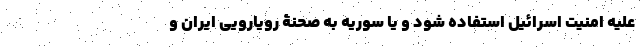
علیه امنیت اسرائیل استفاده شود و یا سوریه به صحنۀ رویارویی ایران و